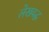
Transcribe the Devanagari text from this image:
लेखवद्ध